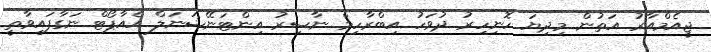
ޖީއެމްއާރު އަތުން މިދިޔަ ހޮނިހިރު ދުވަހު އިބްރާހިމް ނާސިރު އިންޓަނޭޝަނަލް އެއާޕޯޓް ނަގާފައިވާތީ